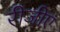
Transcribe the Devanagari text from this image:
रीजीए